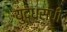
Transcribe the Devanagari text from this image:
युद्धसंधी